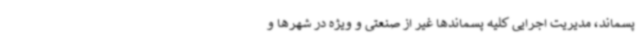
پسماند، مدیریت اجرایی کلیه پسماندها غیر از صنعتی و ویژه در شهرها و